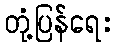
တုံ့ပြန်ရေး